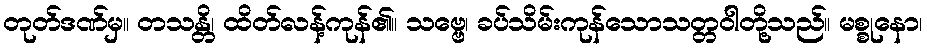
တုတ်ဒဏ်မှ။ တသန္တိ၊ ထိတ်လန့်ကုန်၏။ သဗ္ဗေ၊ ခပ်သိမ်းကုန်သောသတ္တဝါတို့သည်။ မစ္စုနော၊